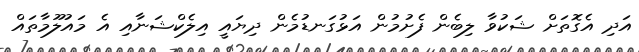
އަދި އެގޮތަށް ޝަކުވާ ލިބެން ފެށުމުން އަޅުގަނޑުމެން ދިޔައީ އިލެކްޝަނާއި އެ މައުލޫމާތައް